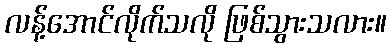
လန့်အောင်လိုက်သလို ဖြစ်သွားသလား။